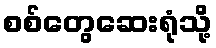
စစ်တွေဆေးရုံသို့